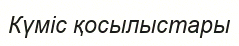
Күміс қосылыстары